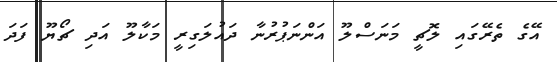
އޭގެ ތެރޭގައި ލޮޗީ މަނަސްލޫ އަންނަޕުރުނާ ދައުލަގިރީ މަކާލޫ އަދި ޗޯޔޫ ފަދަ